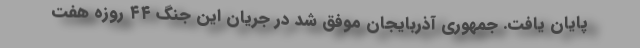
پایان یافت. جمهوری آذربایجان موفق شد در جریان این جنگ ۴۴ روزه هفت